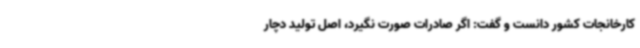
کارخانجات کشور دانست و گفت: اگر صادرات صورت نگیرد، اصل تولید دچار